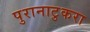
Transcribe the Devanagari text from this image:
पुरानाटुकरा